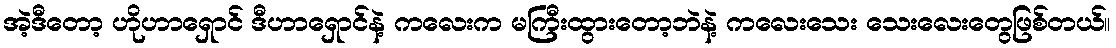
အဲ့ဒီတော့ ဟိုဟာရှောင် ဒီဟာရှောင်နဲ့ ကလေးက မကြီးထွားတော့ဘဲနဲ့ ကလေးသေး သေးလေးတွေဖြစ်တယ်။